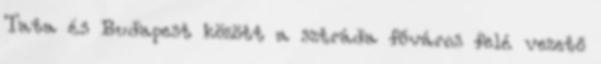
Tata és Budapest között a sztráda főváros felé vezető